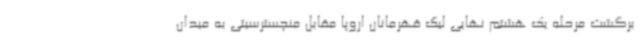
برگشت مرحله یک هشتم نهایی لیگ قهرمانان اروپا مقابل منچسترسیتی به میدان